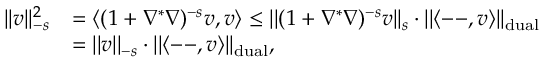
\begin{array} { r l } { | | v | | _ { - s } ^ { 2 } } & { = \langle ( 1 + \nabla ^ { \ast } \nabla ) ^ { - s } v , v \rangle \leq | | ( 1 + \nabla ^ { \ast } \nabla ) ^ { - s } v | | _ { s } \cdot | | \langle \mathrm { -- } , v \rangle | | _ { \mathrm { d u a l } } } \\ & { = | | v | | _ { - s } \cdot | | \langle \mathrm { -- } , v \rangle | | _ { \mathrm { d u a l } } , } \end{array}